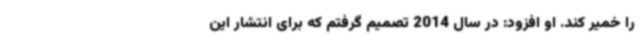
را خمیر کند. او افزود: در سال 2014 تصمیم گرفتم که برای انتشار این